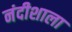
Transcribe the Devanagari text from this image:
नंदीशाला